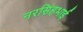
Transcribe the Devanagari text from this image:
नरसिंहभाई